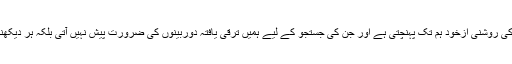
البتہ ’ثَاقِبٌ‘ کی صفت سے یہ اشارہ فرما دیا ہے کہ اس سے مراد وہی ستارے ہیں جن کی روشنی ازخود ہم تک پہنچتی ہے اور جن کی جستجو کے لیے ہمیں ترقی یافتہ دوربینوں کی ضرورت پیش نہیں آتی بلکہ ہر دیکھنے والا ان کو دیکھ اور ان سے وہ سبق حاصل کر سکتا ہے جو قرآن یہاں دینا چاہتا ہے۔